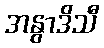
အနွာဒိသီ